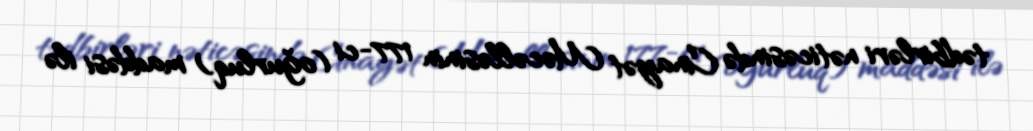
tədbirləri nəticəsində Cinayət Məcəlləsinin 177-ci (oğurluq) maddəsi ilə